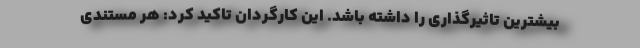
بیشترین تاثیرگذاری را داشته باشد. این کارگردان تاکید کرد: هر مستندی